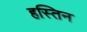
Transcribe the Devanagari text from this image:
हस्तिन